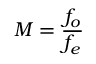
M = { \frac { f _ { o } } { f _ { e } } }